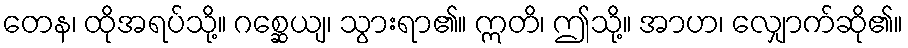
တေန၊ ထိုအရပ်သို့။ ဂစ္ဆေယျ၊ သွားရာ၏။ ဣတိ၊ ဤသို့။ အာဟ၊ လျှောက်ဆို၏။